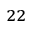
^ { 2 2 }